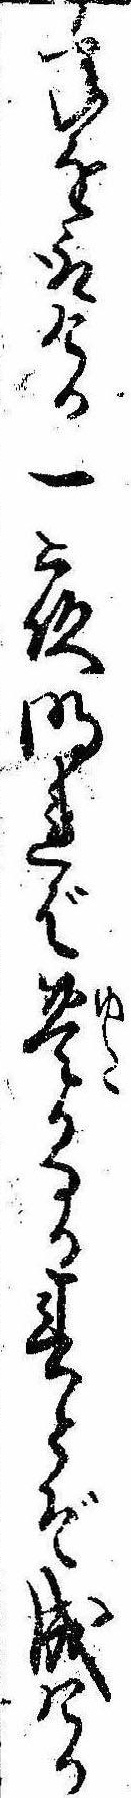
年を取ける一夜明れば豊かなる春とぞ成ける